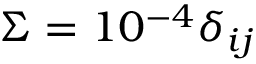
\Sigma = 1 0 ^ { - 4 } \delta _ { i j }